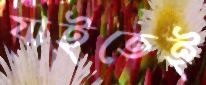
যাইতেই